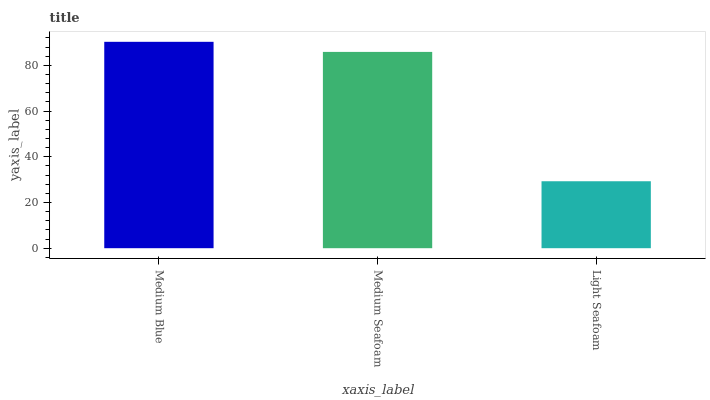
| xaxis_label | bars |
 | --- | --- |
 | Medium Blue | 90.3 |
 | Medium Seafoam | 85.9 |
 | Light Seafoam | 29.3 |